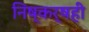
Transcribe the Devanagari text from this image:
निष्कर्षही